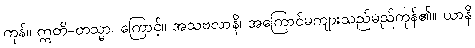
ကုန်။ ဣတိ-တသ္မာ၊ ကြောင့်။ အသဗလာနိ၊ အကြောင်မကျားသည်မည်ကုန်၏။ ယာနိ